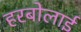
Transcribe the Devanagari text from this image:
हरबोलाई